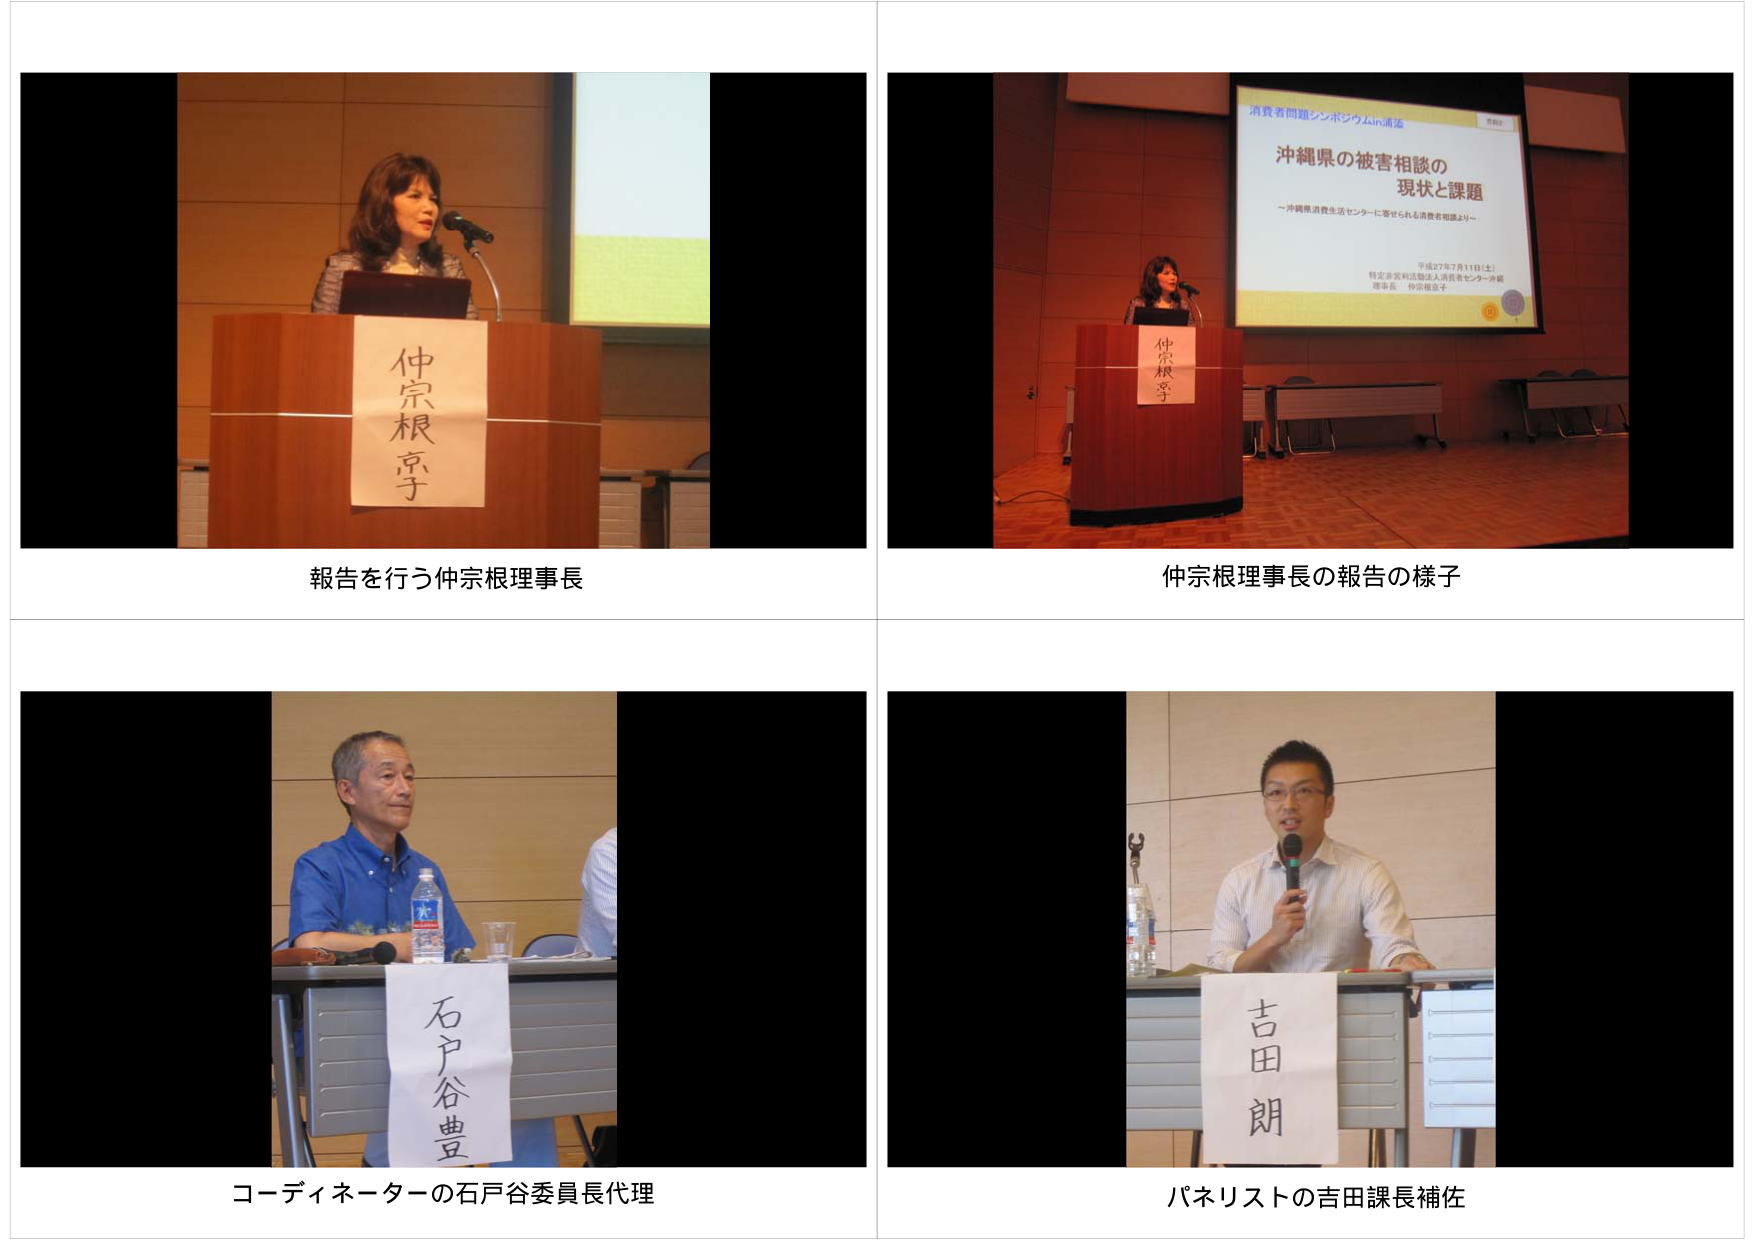
消費者問題シンポジウムin沖縄

沖縄県の被害相談の
現状と課題
～沖縄県消費生活センターに寄せられる消費者相談より～

平成27年7月11日（土）
特定非営利活動法人 消費者センター沖縄
理事長 仲宗根京子

仲宗根京子

報告を行う仲宗根理事長

仲宗根理事長の報告の様子

石戸谷豊

コーディネーターの石戸谷委員長代理

吉田朗

パネリストの吉田課長補佐